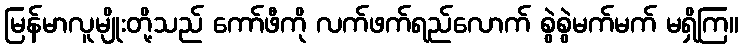
မြန်မာလူမျိုးတို့သည် ကော်ဖီကို လက်ဖက်ရည်လောက် စွဲစွဲမက်မက် မရှိကြ။